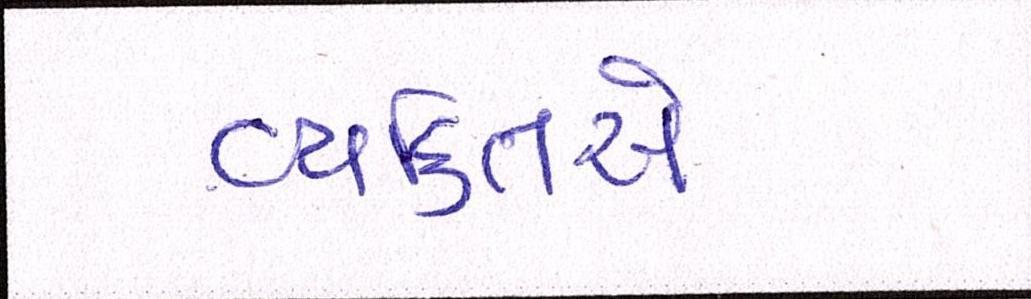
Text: વ્યકિતએ